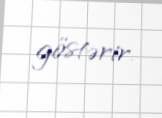
göstərir.